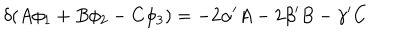
\delta ( A \phi _ { 1 } + B \phi _ { 2 } - C \phi _ { 3 } ) = - 2 \alpha ^ { \prime } A - 2 \beta ^ { \prime } B - \gamma ^ { \prime } C